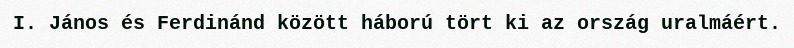
I. János és Ferdinánd között háború tört ki az ország uralmáért.